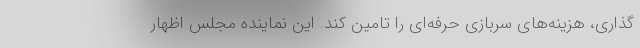
گذاری، هزینه‌های سربازی حرفه‌ای را تامین کند. این نماینده مجلس اظهار